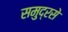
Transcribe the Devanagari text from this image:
समुद्रसे